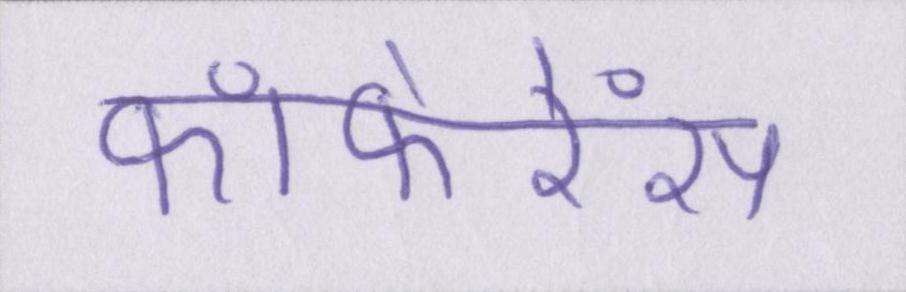
कांफेरेंस